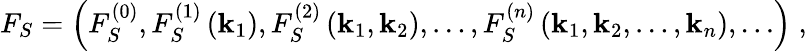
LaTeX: F_{S}=\left(F_{S}^{(0)},F_{S}^{(1)}\left(\mathbf{k}_{1}\right),F_{S}^{(2)}\left(\mathbf{k}_{1},\mathbf{k}_{2}\right),\ldots,F_{S}^{(n)}\left(\mathbf{k}_{1},\mathbf{k}_{2},\ldots,\mathbf{k}_{n}\right),\ldots\right)\; ,